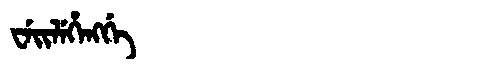
Manchu: ᠸᡝᡳᠯᡝᡥᡝᠩᡤᡝ
Romanization: WEILEHENGGE